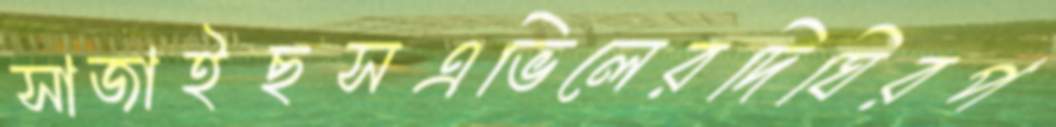
সাজাইছসএভিলেরদিঘিরপ